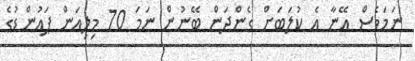
ނަމަވެސް އޭނާ އެ ކުލަބަށް ގެންދަން ބޭނުން ނަމަ 70 މިލިއަން ޕައުންޑުގެ